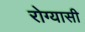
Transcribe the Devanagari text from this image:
रोग्यासी